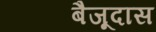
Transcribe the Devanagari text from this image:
बैजूदास